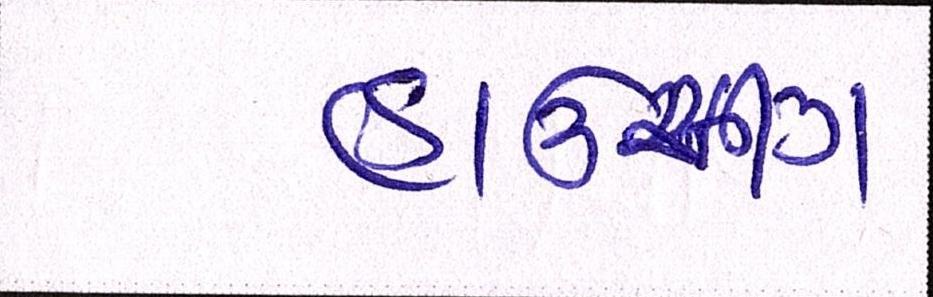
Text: હાઉસિંગ